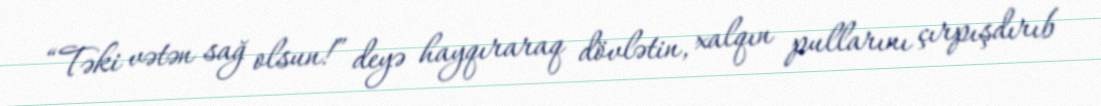
“Təki vətən sağ olsun!” deyə hayqıraraq dövlətin, xalqın pullarını çırpışdırıb